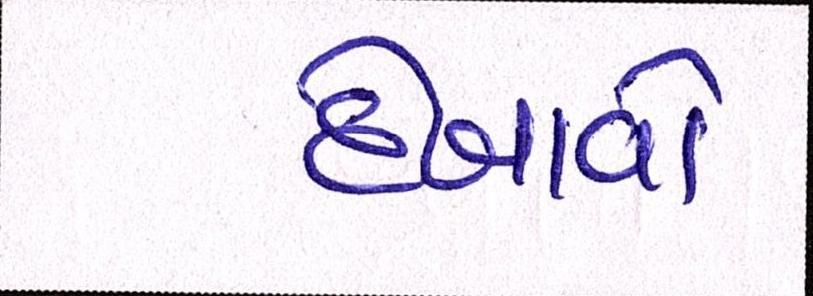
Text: દેખાવો